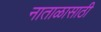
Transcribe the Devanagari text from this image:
नाताळासाठी